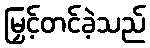
မြှင့်တင်ခဲ့သည်